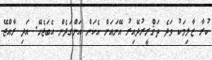
ކުރާ ޒާލިމަކު ވަދެ ތަޤްރީރުދޭއިރު އޭނައަށް އެކަން އަންގަދެން އެބަޖެހޭ. އަދި ރާއްޖޭ